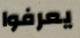
يعرفوا